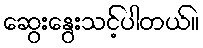
ဆွေးနွေးသင့်ပါတယ်။